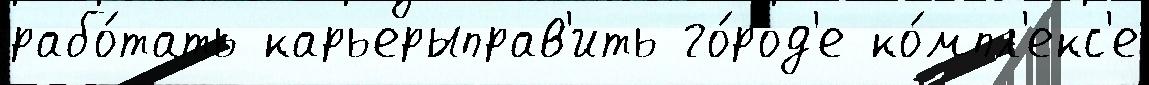
рабо́тать карьерыправ'ить го́род'е ко́мпл'екс'е